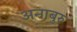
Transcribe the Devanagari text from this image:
अनाबुरु